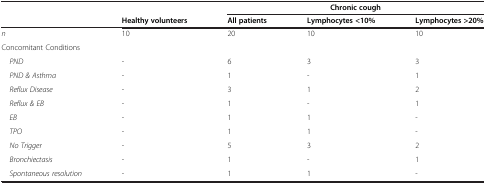
<table><thead><tr><td><b> </b></td><td><b> </b></td><td colspan="3"><b>Chronic cough</b></td></tr><tr><td><b> </b></td><td><b>Healthy volunteers</b></td><td><b>All patients</b></td><td><b>Lymphocytes &lt;10%</b></td><td><b>Lymphocytes &gt;20%</b></td></tr></thead><tbody><tr><td><i>n</i></td><td>10</td><td>20</td><td>10</td><td>10</td></tr><tr><td>Concomitant Conditions</td><td> </td><td> </td><td> </td><td> </td></tr><tr><td><i> PND</i></td><td>-</td><td>6</td><td>3</td><td>3</td></tr><tr><td><i> PND &amp; Asthma</i></td><td>-</td><td>1</td><td>-</td><td>1</td></tr><tr><td><i> Reflux Disease</i></td><td>-</td><td>3</td><td>1</td><td>2</td></tr><tr><td><i> Reflux &amp; EB</i></td><td>-</td><td>1</td><td>-</td><td>1</td></tr><tr><td><i> EB</i></td><td>-</td><td>1</td><td>1</td><td>-</td></tr><tr><td><i> TPO</i></td><td>-</td><td>1</td><td>1</td><td>-</td></tr><tr><td><i> No Trigger</i></td><td>-</td><td>5</td><td>3</td><td>2</td></tr><tr><td><i> Bronchiectasis</i></td><td>-</td><td>1</td><td>-</td><td>1</td></tr><tr><td><i> Spontaneous resolution</i></td><td>-</td><td>1</td><td>1</td><td>-</td></tr></tbody></table>